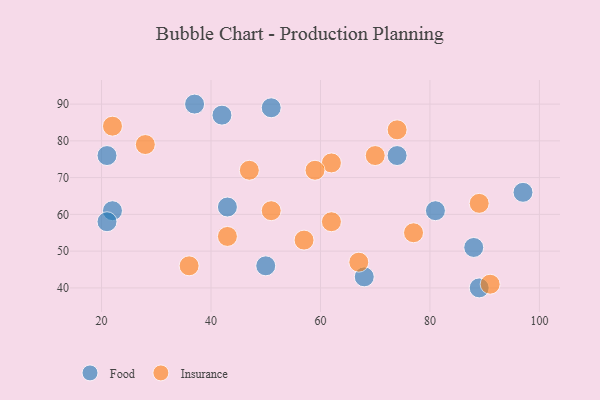
{"axis": {"x": "GDP", "y": "Life Expectancy"}, "legend": ["Food", "Insurance"], "data": [{"x": "50", "y": 46, "type": "Food"}, {"x": "74", "y": 76, "type": "Food"}, {"x": "42", "y": 87, "type": "Food"}, {"x": "89", "y": 40, "type": "Food"}, {"x": "97", "y": 66, "type": "Food"}, {"x": "81", "y": 61, "type": "Food"}, {"x": "22", "y": 61, "type": "Food"}, {"x": "21", "y": 76, "type": "Food"}, {"x": "68", "y": 43, "type": "Food"}, {"x": "43", "y": 62, "type": "Food"}, {"x": "88", "y": 51, "type": "Food"}, {"x": "51", "y": 89, "type": "Food"}, {"x": "21", "y": 58, "type": "Food"}, {"x": "37", "y": 90, "type": "Food"}, {"x": "70", "y": 76, "type": "Insurance"}, {"x": "47", "y": 72, "type": "Insurance"}, {"x": "74", "y": 83, "type": "Insurance"}, {"x": "67", "y": 47, "type": "Insurance"}, {"x": "89", "y": 63, "type": "Insurance"}, {"x": "36", "y": 46, "type": "Insurance"}, {"x": "57", "y": 53, "type": "Insurance"}, {"x": "51", "y": 61, "type": "Insurance"}, {"x": "62", "y": 74, "type": "Insurance"}, {"x": "43", "y": 54, "type": "Insurance"}, {"x": "22", "y": 84, "type": "Insurance"}, {"x": "28", "y": 79, "type": "Insurance"}, {"x": "77", "y": 55, "type": "Insurance"}, {"x": "91", "y": 41, "type": "Insurance"}, {"x": "59", "y": 72, "type": "Insurance"}, {"x": "62", "y": 58, "type": "Insurance"}]}